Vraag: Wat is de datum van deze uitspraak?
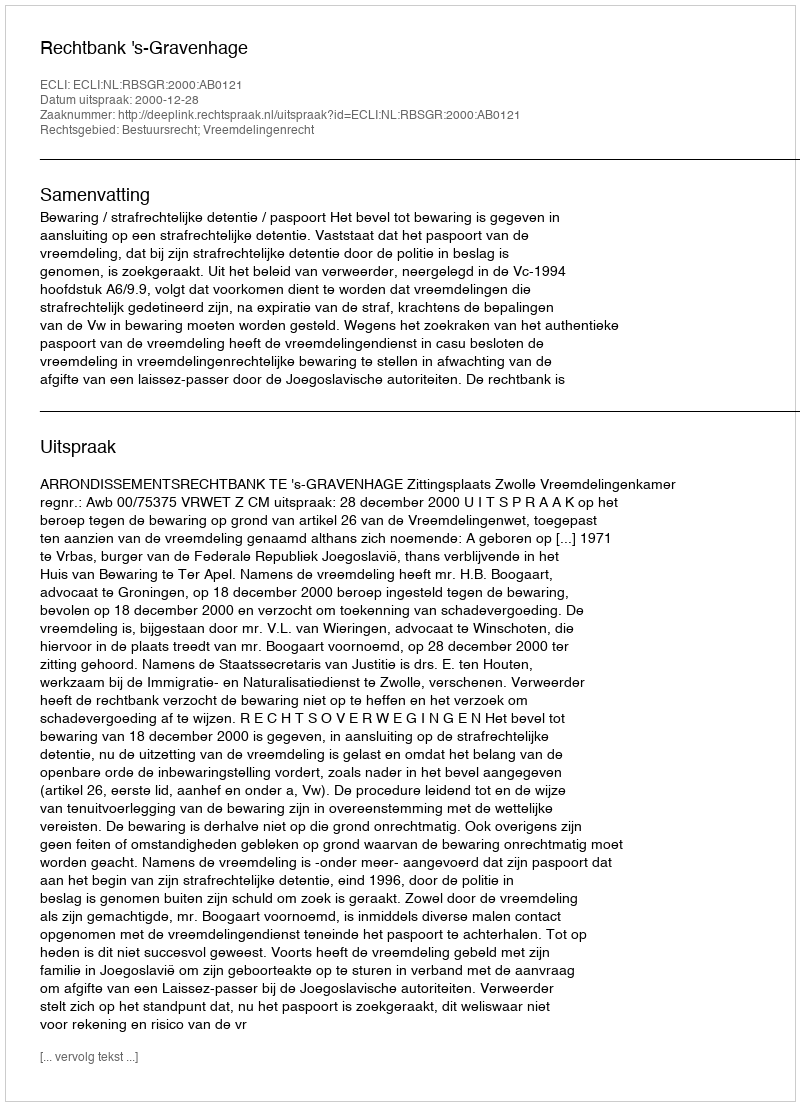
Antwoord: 2000-12-28